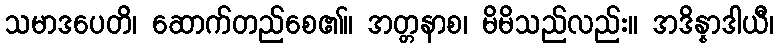
သမာဒပေတိ၊ ဆောက်တည်စေ၏။ အတ္တနာစ၊ မိမိသည်လည်း။ အဒိန္နာဒါယီ၊